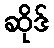
ဆိုဒ်